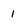
Character: 1